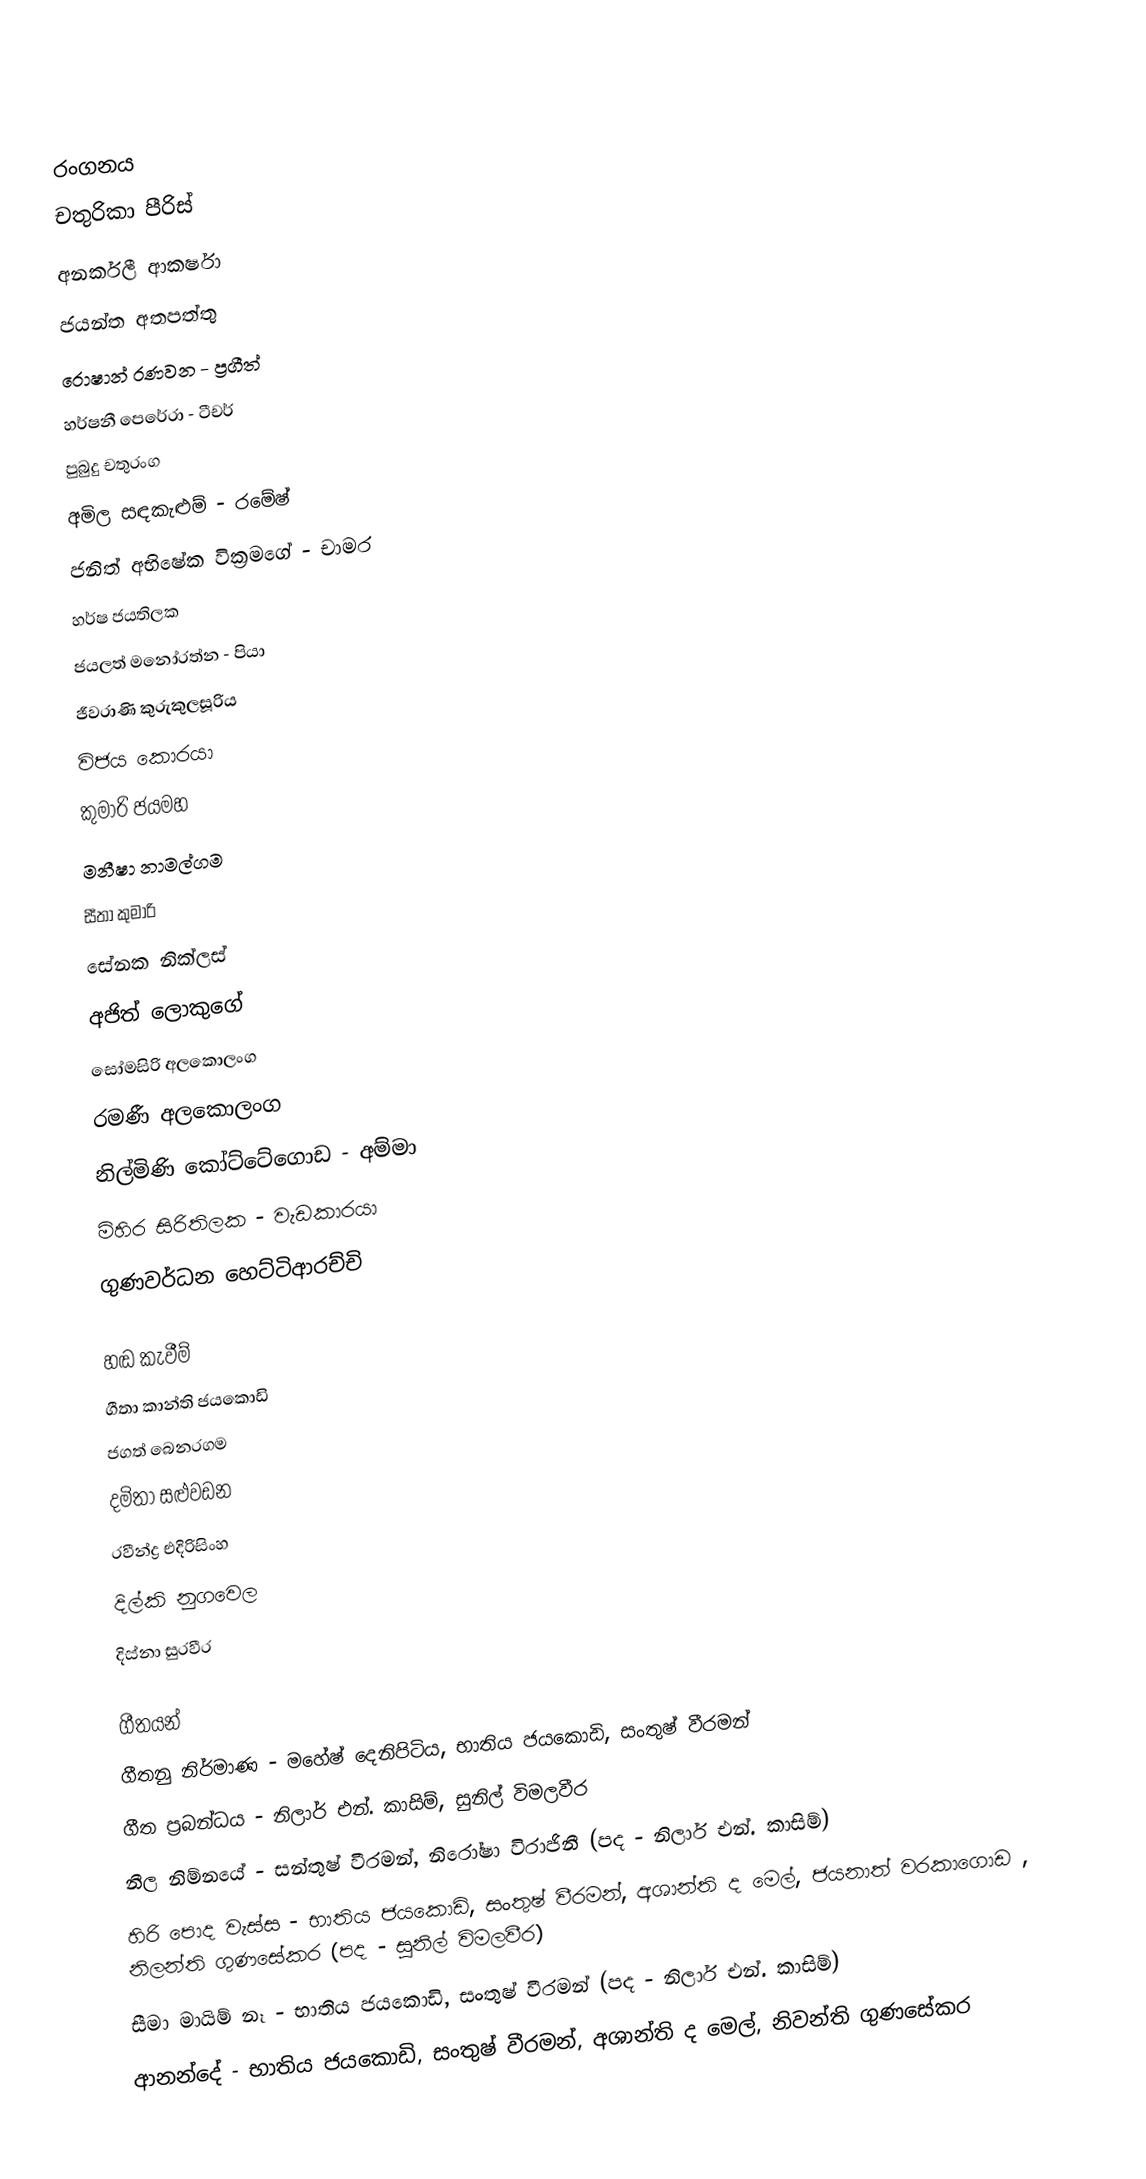

රංගනය
චතුරිකා පීරිස්
අනර්කලී ආකර්ෂා
ජයන්ත අතපත්තු
රොෂාන් රණවන - ප්‍රගීත්
හර්ෂනී පෙරේරා - ටීචර්
පුබුදු චතුරංග
අමිල සඳකැළුම් - රමේෂ්
ජනිත් අභිෂේක වික්‍රමගේ - චාමර
හර්ෂ ජයතිලක
ජයලත් මනෝරත්න - පියා
ජීවරාණි කුරුකුලසූරිය
විජය කොරයා
කුමාරි ජයමහ
මනීෂා නාමල්ගම
සීතා කුමාරි
සේනක නික්ලස්
අජිත් ලොකුගේ
සෝමසිරි අලකොලංග
රමණී අලකොලංග
නිල්මිණි කෝට්ටේගොඩ - අම්මා
මිහිර සිරිතිලක - වැඩකාරයා
ගුණවර්ධන හෙට්ටිආරච්චි

හඬ කැවීම්
ගීතා කාන්ති ජයකොඩි
ජගත් බෙනරගම
දමිතා සළුවඩන
රවීන්ද්‍ර එදිරිසිංහ
දිල්කි නුගවෙල
දිස්නා සුරවීර

ගීතයන්
ගීතනු නිර්මාණ - මහේෂ් දෙනිපිටිය, භාතිය ජයකොඩි, සංතුෂ් වීරමන්
ගීත ප්‍රබන්ධය - නිලාර් එන්. කාසිම්, සුනිල් විමලවීර
නීල නිම්නයේ - සන්තුෂ් වීරමන්, නිරෝෂා විරාජිනී (පද - නිලාර් එන්. කාසිම්)
හිරි පොද වැස්ස - භාතිය ජයකොඩි, සංතුෂ් වීරමන්, අශාන්ති ද මෙල්, ජයනාත් වරකාගොඩ , නිලන්ති ගුණසේකර (පද - සුනිල් විමලවීර)
සීමා මායිම් නෑ - භාතිය ජයකොඩි, සංතුෂ් වීරමන් (පද - නිලාර් එන්. කාසිම්)
ආනන්දේ - භාතිය ජයකොඩි, සංතුෂ් වීරමන්, අශාන්ති ද මෙල්, නිවන්ති ගුණසේකර